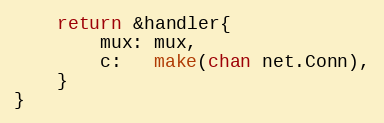
Language: Go
	return &handler{
		mux: mux,
		c:   make(chan net.Conn),
	}
}